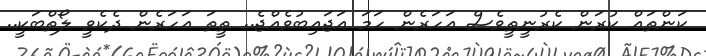
ކަންތައް ކުރަން ކެރުނީތީވެސް އަހަރެން ހަމަ އަޖައިބުވެއްޖެ.. ތީތަ އަހަރެން ދެކެވީ ލޯތްބަކީ..